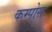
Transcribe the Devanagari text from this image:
कम्पोस